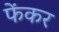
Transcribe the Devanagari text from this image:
फेंकर